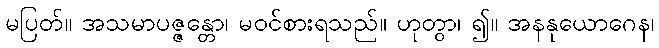
မပြတ်။ အသမာပဇ္ဇန္တော၊ မဝင်စားရသည်။ ဟုတွာ၊ ၍။ အနနုယောဂေန၊